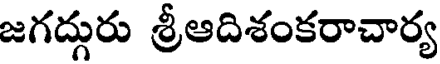
జగద్గురు శ్రీఆదిశంకరాచార్య